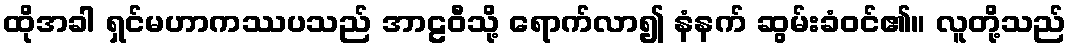
ထိုအခါ ရှင်မဟာကဿပသည် အာဠဝီသို့ ရောက်လာ၍ နံနက် ဆွမ်းခံဝင်၏။ လူတို့သည်